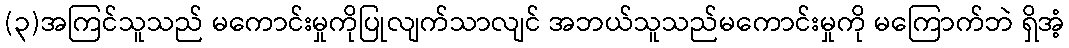
(၃)အကြင်သူသည် မကောင်းမှုကိုပြုလျက်သာလျင် အဘယ်သူသည်မကောင်းမှုကို မကြောက်ဘဲ ရှိအံ့